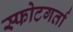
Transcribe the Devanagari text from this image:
स्फोटगर्ता